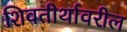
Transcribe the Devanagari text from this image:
शिवतीर्थावरील